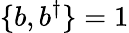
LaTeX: \{ b,b^{\dagger}\} =1